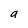
Character: a